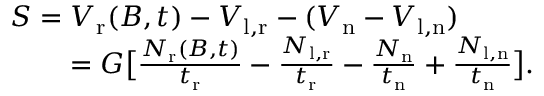
\begin{array} { r l } { S = V _ { \mathrm { r } } ( B , t ) - V _ { \mathrm { l , r } } - ( V _ { \mathrm { n } } - V _ { \mathrm { l , n } } ) ~ ~ ~ ~ ~ ~ ~ ~ } & { } \\ { = G \bigl [ \frac { N _ { \mathrm { r } } ( B , t ) } { t _ { \mathrm { r } } } - \frac { N _ { \mathrm { l , r } } } { t _ { \mathrm { r } } } - \frac { N _ { \mathrm { n } } } { t _ { \mathrm { n } } } + \frac { N _ { \mathrm { l , n } } } { t _ { \mathrm { n } } } \bigr ] . } \end{array}